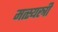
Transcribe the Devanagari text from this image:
मत्स्यस्त्री